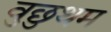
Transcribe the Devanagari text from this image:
वुछुथम